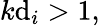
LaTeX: k\mathrm{d}_{i}>1,